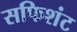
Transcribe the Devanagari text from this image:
सफिशंट